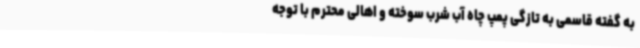
به گفته قاسمی به تازگی پمپ چاه آب شرب سوخته و اهالی محترم با توجه